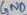
Text: GND